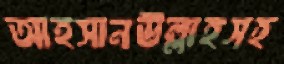
আহসানউল্লাহসহ